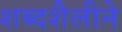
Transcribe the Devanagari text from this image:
शब्दशैलीने